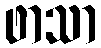
ဖာသာ